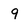
Character: 9